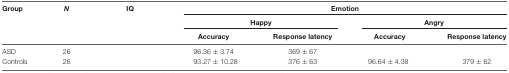
<table><thead><tr><td><b>Group</b></td><td><b><i>N</i></b></td><td><b>IQ</b></td><td colspan="4"><b>Emotion</b></td></tr><tr><td>[EMPTY_CELL]</td><td>[EMPTY_CELL]</td><td>[EMPTY_CELL]</td><td colspan="2"><b>Happy</b></td><td colspan="2"><b>Angry</b></td></tr><tr><td>[EMPTY_CELL]</td><td>[EMPTY_CELL]</td><td>[EMPTY_CELL]</td><td><b>Accuracy</b></td><td><b>Response latency</b></td><td><b>Accuracy</b></td><td><b>Response latency</b></td></tr></thead><tbody><tr><td>ASD</td><td>26</td><td>[EMPTY_CELL]</td><td>96.36 ± 3.74</td><td>369 ± 67</td><td>[EMPTY_CELL]</td><td>[EMPTY_CELL]</td></tr><tr><td>Controls</td><td>26</td><td>[EMPTY_CELL]</td><td>93.27 ± 10.28</td><td>376 ± 63</td><td>96.64 ± 4.38</td><td>379 ± 62</td></tr></tbody></table>